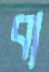
বা